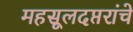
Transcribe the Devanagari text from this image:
महसूलदप्तरांचे